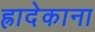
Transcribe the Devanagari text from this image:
ह्रादेकाना